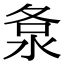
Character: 洜